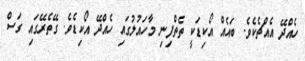
ހެއްދޭ އެއްޗެކެވެ. ބައެއް އޯކިޑަކީ ތެތްފިނި މާހައުލުގައި ހެއްދޭ އޯކިޑެވެ. ގޭތެރޭގައި ގަސް